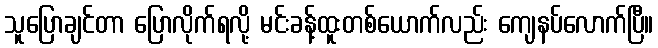
သူပြောချင်တာ ပြောလိုက်ရလို့ မင်းခန့်ထူးတစ်ယောက်လည်း ကျေနပ်လောက်ပြီ။